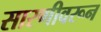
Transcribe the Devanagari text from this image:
सारणीवरून